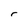
Character: r